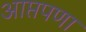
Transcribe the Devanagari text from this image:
आप्तपणा